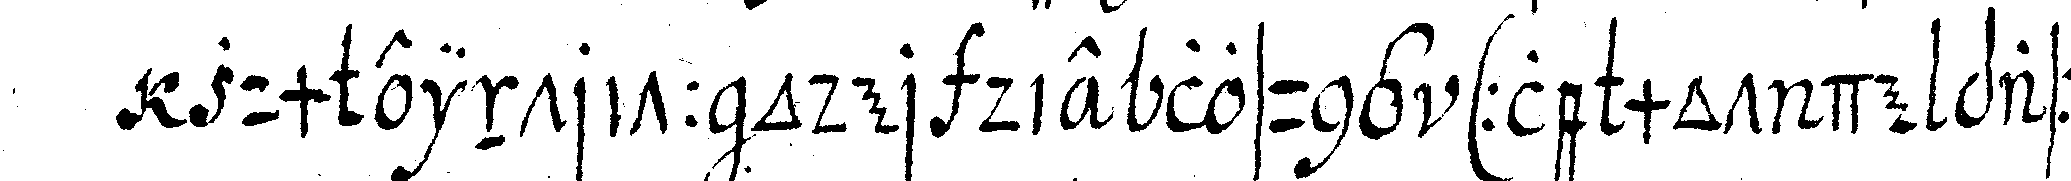
zum eintritt oder die losung ( le mot de passe )